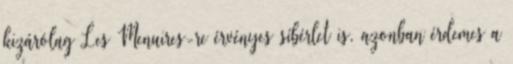
kizárólag Les Menuires-re érvényes síbérlet is, azonban érdemes a